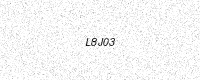
Text: L8J03